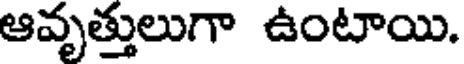
ఆవృత్తులుగా ఉంటాయి.